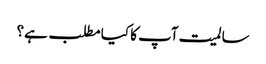
سالمیت آپ کا کیا مطلب ہے؟